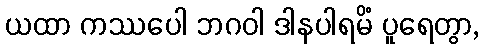
ယထာ ကဿပေါ ဘဂဝါ ဒါနပါရမိံ ပူရေတွာ,